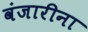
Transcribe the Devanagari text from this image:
वंजारीना